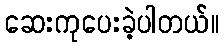
ဆေးကုပေးခဲ့ပါတယ်။